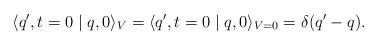
LaTeX: \begin{align*} \langle q',t=0\mid q,0 \rangle_{V} = \langle q',t=0\mid q,0 \rangle_{V=0} = \delta (q'-q).\end{align*}